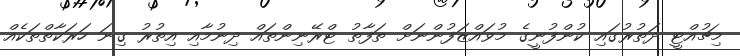
މިޗުއްޓީ ދަތުރުގައި ކުންފުނީގެ މުވައްޒަފުންނަށް ތަފާތު ޓްރޭނިންތައް ދިނުމާއި އިތުރު ގިނަ ހަރަކާތްތަކެއް